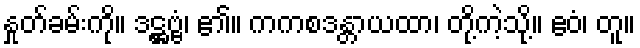
နှုတ်ခမ်းကို။ ဒဋ္ဌဗ္ဗံ၊ ၏။ ကကစဒန္တာယထာ၊ တို့ကဲ့သို့။ ဧဝံ၊ တူ။